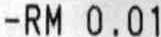
-RM 0.01